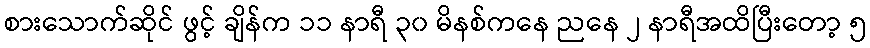
စားသောက်ဆိုင် ဖွင့် ချိန်က ၁၁ နာရီ ၃၀ မိနစ်ကနေ ညနေ ၂ နာရီအထိပြီးတော့ ၅